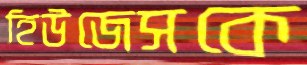
হিউজেসকে